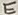
Text: E